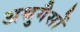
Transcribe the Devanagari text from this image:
अश्रुगैसों